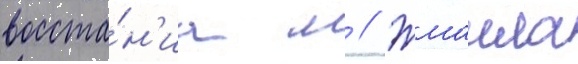
восста́н'иа м // Жмаила